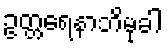
ဥတ္တရေနာဘိမုခါ